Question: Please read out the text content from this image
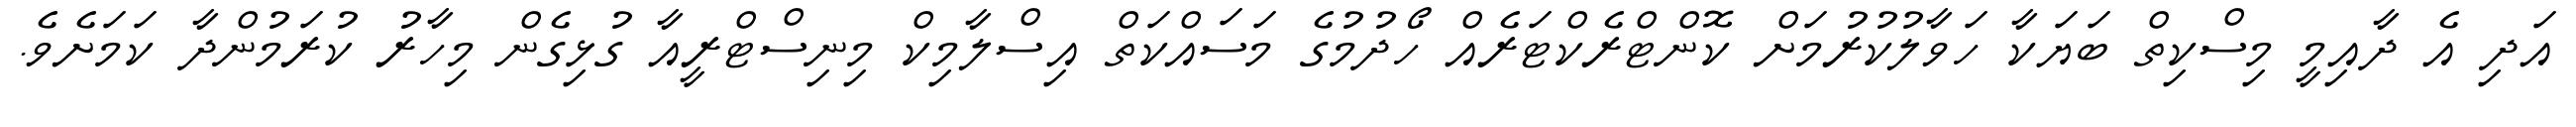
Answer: އަދި އެ ދާއިމީ މިސްކިތް ބަޔަކާ ހަވާލުކުރުމަށް ކޮންޓްރެކްޓަރެއް ހޯދުމުގެ މަސައްކަތް އިސްލާމިކް މިނިސްޓްރީއާ ގުޅިގެން މިހާރު ކުރަމުންދާ ކަމަށެވެ.